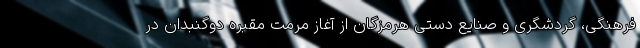
فرهنگی، گردشگری و صنایع دستی هرمزگان از آغاز مرمت مقبره دوگنبدان در